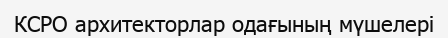
КСРО архитекторлар одағының мүшелері